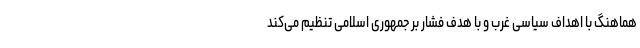
هماهنگ با اهداف سیاسی غرب و با هدف فشار بر جمهوری اسلامی تنظیم می‌کند